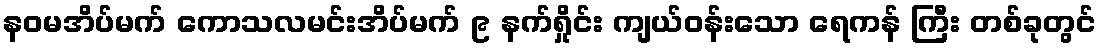
နဝမအိပ်မက် ကောသလမင်းအိပ်မက် ၉ နက်ရှိုင်း ကျယ်ဝန်းသော ရေကန် ကြီး တစ်ခုတွင်